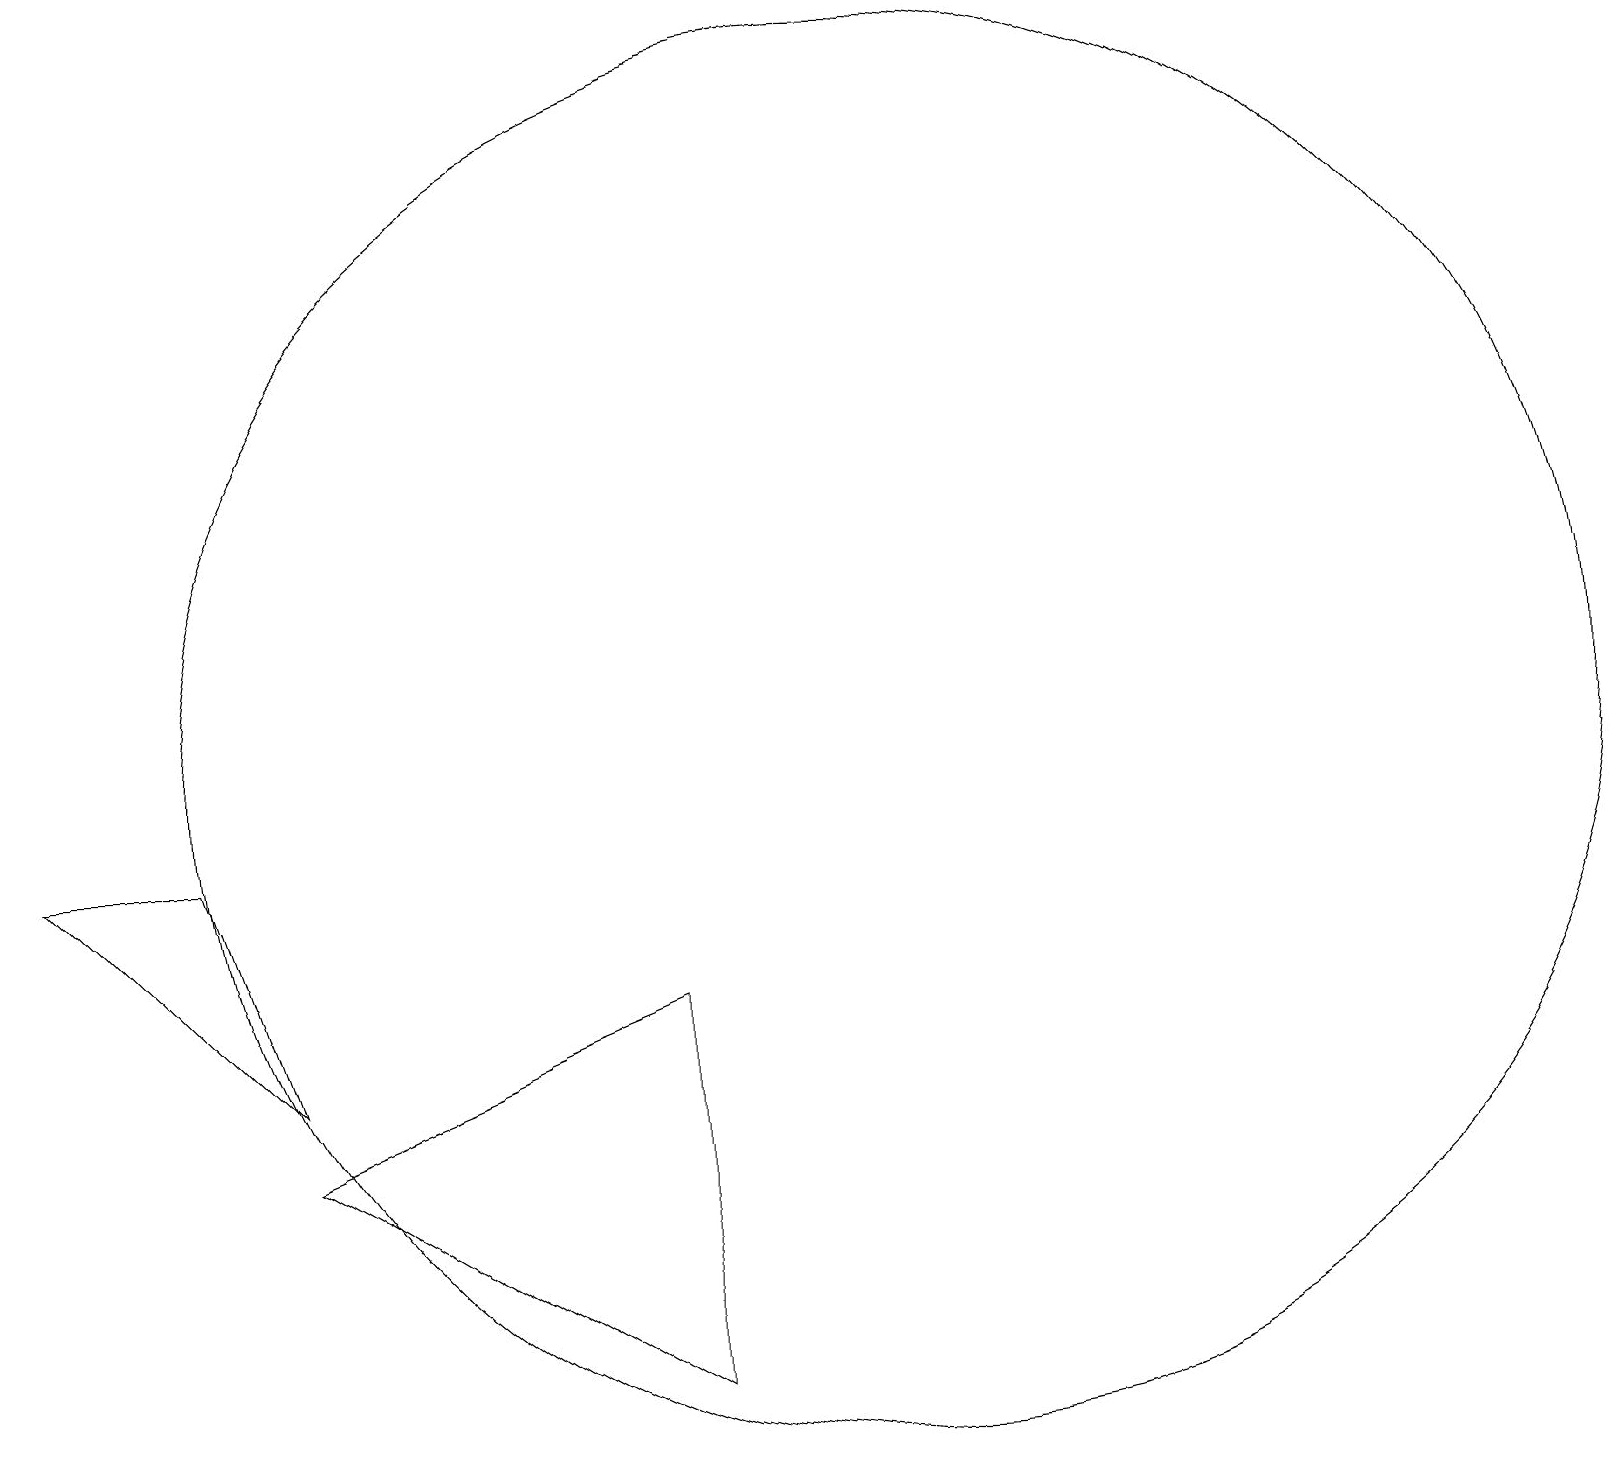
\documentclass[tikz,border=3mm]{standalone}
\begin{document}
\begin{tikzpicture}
\draw (12,10) circle (9);
\draw (4,6) -- (1,9) -- (3,9) -- cycle;
\draw (4,5) -- (9,2) -- (9,7) -- cycle;
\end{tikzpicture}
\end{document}